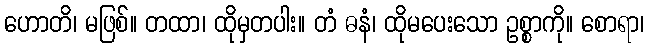
ဟောတိ၊ မဖြစ်။ တထာ၊ ထိုမှတပါး။ တံ ဓနံ၊ ထိုမပေးသော ဥစ္စာကို။ စောရာ၊